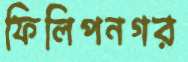
ফিলিপনগর